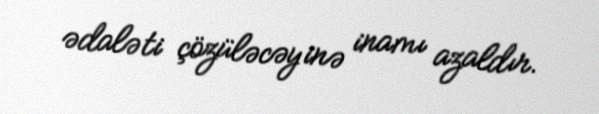
ədaləti çözüləcəyinə inamı azaldır.